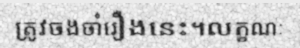
ត្រូវចងចាំរឿងនេះ។លក្ខណៈ